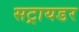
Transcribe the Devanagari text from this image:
सट्रायडर